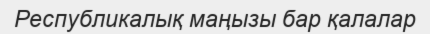
Республикалық маңызы бар қалалар